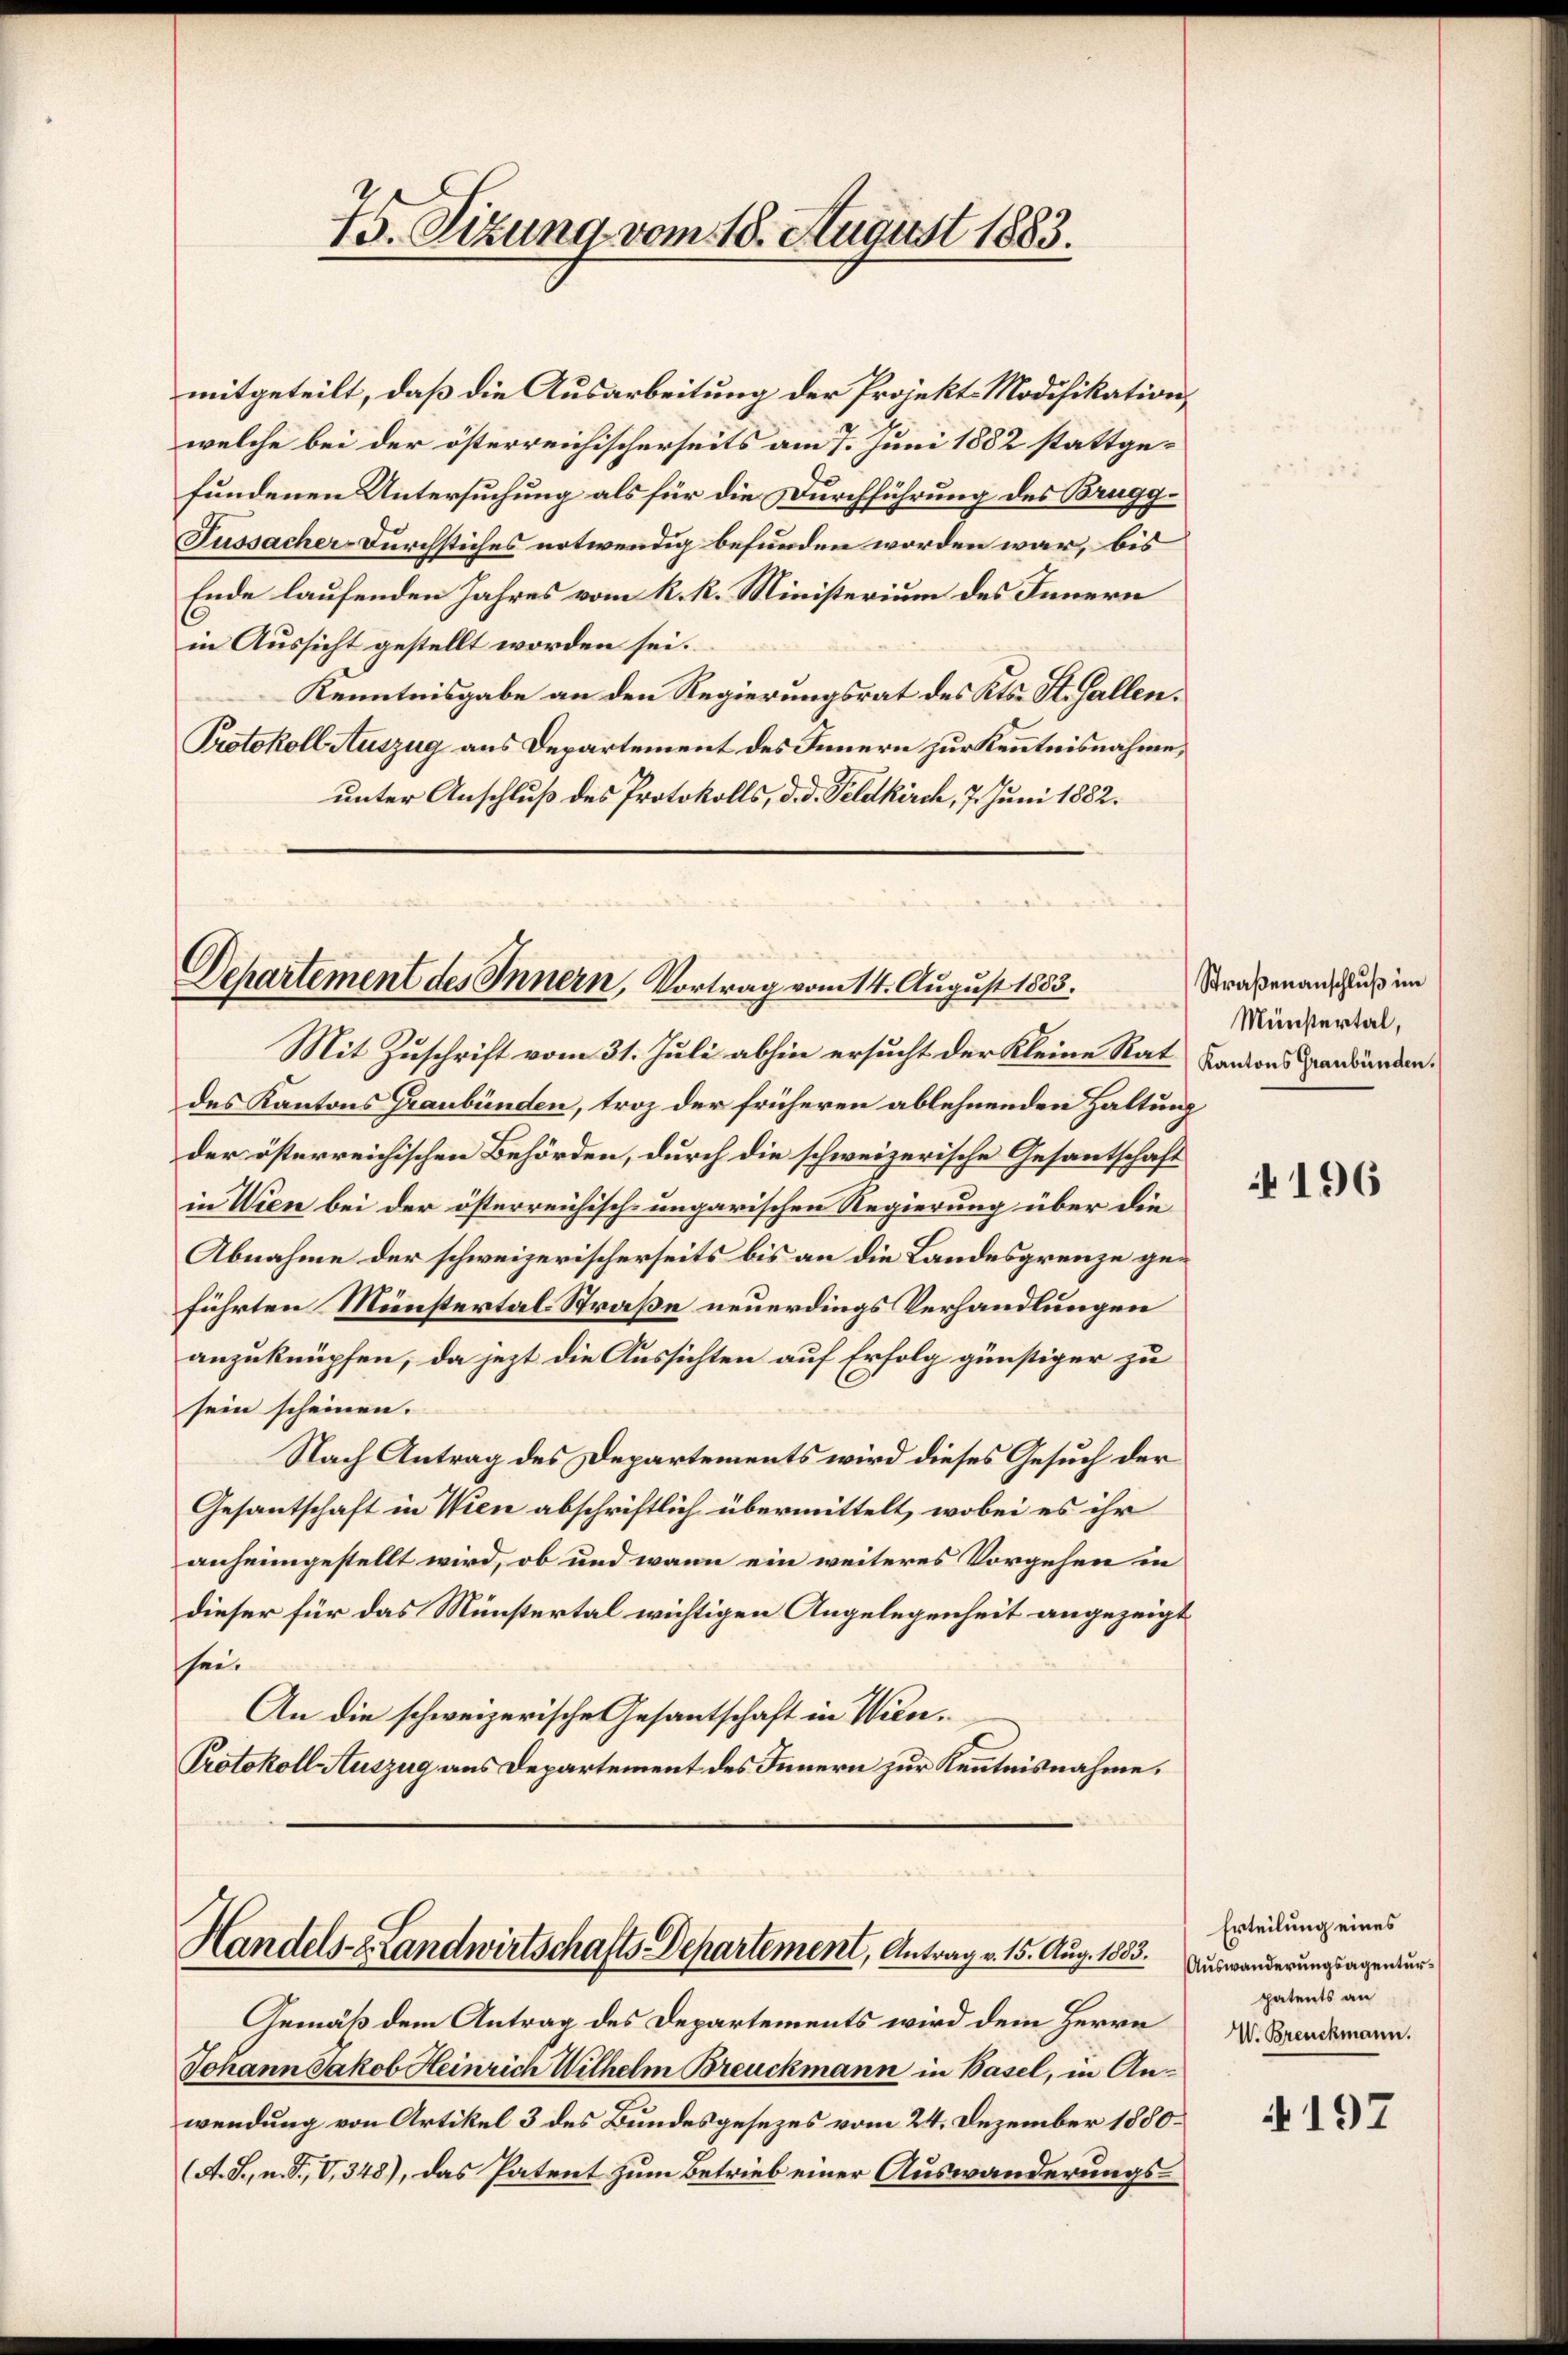
75. Sizung vom 18. August 1883.

mitgeteilt, daß die Ausarbeitung der Projekt. Modifikation,
welche bei der österreichischerseits am 7. Juni 1882 stattgefundenen Untersuchung als für die Durchführung des Brugg¬
Fussacher-Durchstiches notwendig befunden worden war, bis
Ende laufenden Jahres vom k. k. Ministerium des Innern
in Aussicht gestellt worden sei.
Kenntnisgabe an den Regierungsrat des Kts. St. Gallen.
Protokoll Auszug aus Departement des Innern zur Kenntnisnahme,
unter Anschluß des Protokolls, d. d. Feldkirch, 7. Juni 1882.

Departement des Innern, Vortrag vom 14. August 1883.

Mit Zuschrift vom 31. Juli abhin ersucht der Kleine Rat Kantonsanbunden,
des Kantons Graubünden, troz der früheren ablehnenden Haltung
der österreichischen Behörden, durch die schweizerische Gesantschaft
in Wien bei der österreichisch-ungarischen Regierung über die
Abnahme der schweizerischerseits bis an die Landesgrenze geführten Münstertal-Straße neuerdings Verhandlungen
anzuknüpfen, da jezt die Aussichten auf Erfolg günstiger zu
sein scheinen.
Nach Antrag des Departements wird dieses Gesuch der
Gesantschaft in Wien abschriftlich übermittelt, wobei es ihr
anheimgestellt wird, ob und wann ein weiteres Vorgehen in
dieser für das Münstertal wichtigen Angelegenheit angezeigt
sei.
An die schweizerische Gesantschaft in Wien¬
Protokoll Auszug aus Departement des Innern zur Kenntnisnahme.

Handels-Landwirtschafts-Departement, Antrag v. 15. Aug. 1883.

Gemäß dem Antrag des Departements wird dem Herrn
Johann Jakob Heinrich Wilhelm Breuckmann in Basel, in Anwendung von Artikel 3 des Bundesgesezes vom 24. Dezember 1850.
(A. S., n. F., V. 348), das Patent zum Betrieb einer Auswanderungs¬

Straßenanschluß im
Münstertal,

196

Erteilung eines
Auswanderungsagenturpatents an
V. Breuckmann.

197